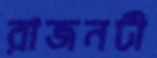
রাজনটী